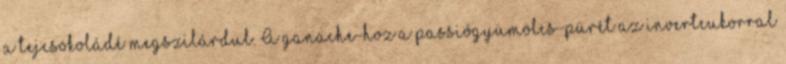
a tejcsokoládé megszilárdul. A ganache-hoz a passiógyümölcs-pürét az invertcukorral